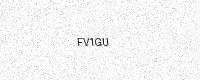
Text: FV1GU